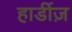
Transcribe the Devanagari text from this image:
हार्डीज़